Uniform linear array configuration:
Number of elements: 32
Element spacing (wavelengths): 1
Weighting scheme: binomial
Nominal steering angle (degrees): -15
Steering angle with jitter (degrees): -15.705
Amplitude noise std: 0.05
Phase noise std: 0.05

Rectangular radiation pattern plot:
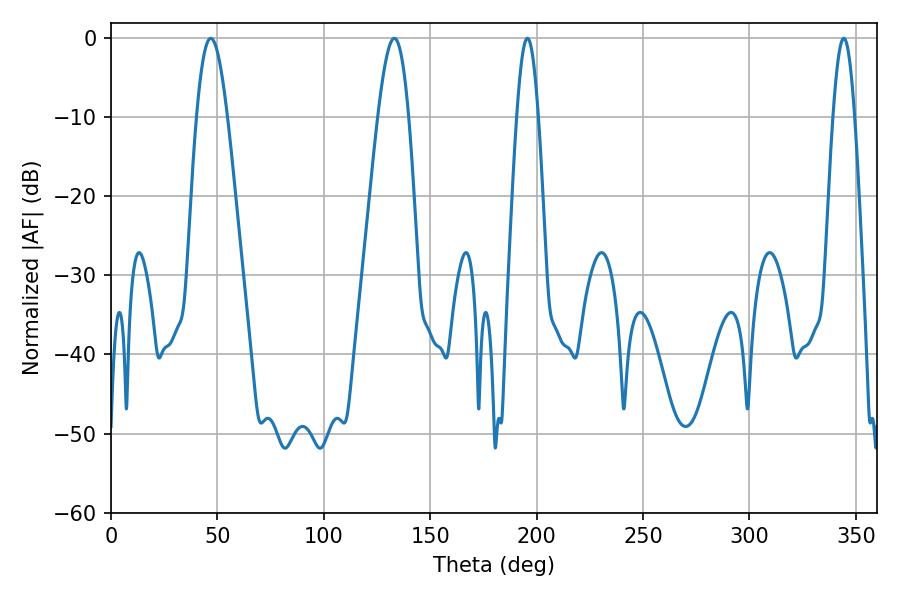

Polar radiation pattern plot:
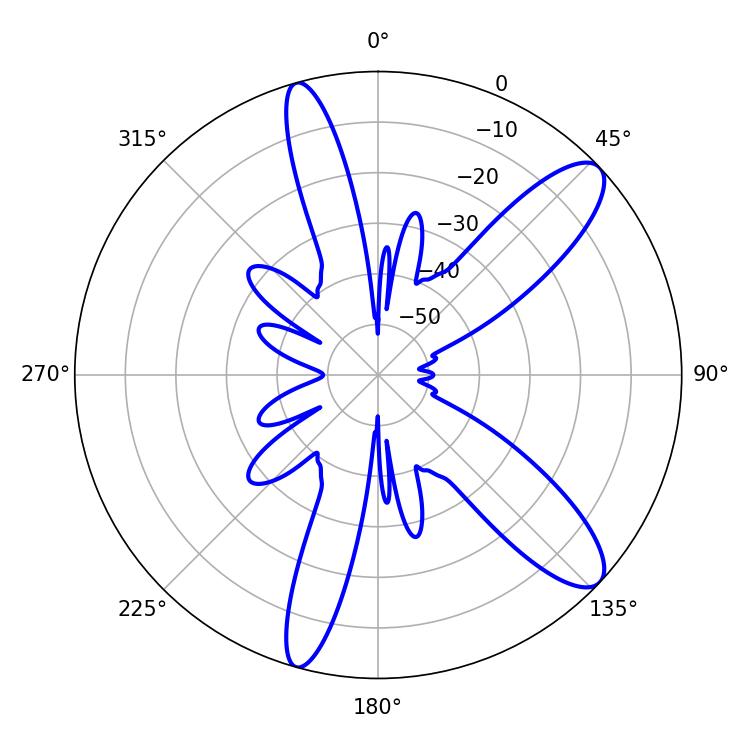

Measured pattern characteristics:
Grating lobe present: TRUE
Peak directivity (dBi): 10.949
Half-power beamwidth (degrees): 5.4
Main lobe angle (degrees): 195.66